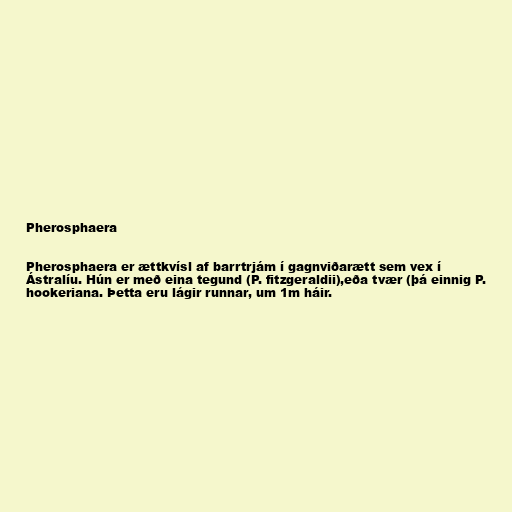
Pherosphaera

Pherosphaera er ættkvísl af barrtrjám í gagnviðarætt sem vex í
Ástralíu. Hún er með eina tegund (P. fitzgeraldii),eða tvær (þá einnig P.
hookeriana. Þetta eru lágir runnar, um 1m háir.